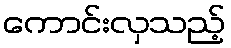
ကောင်းလှသည့်